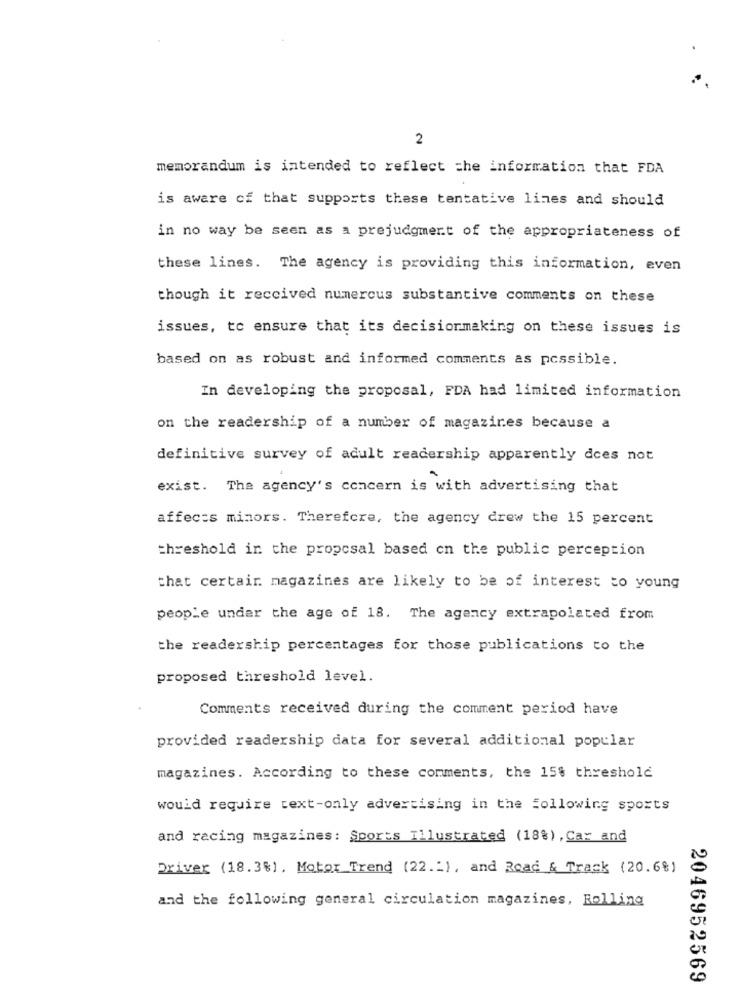
2
memorandum is intended to reflect the information that FDA
is aware of that supports these tentative lines and should
in no way be seen as a prejudgment of the appropriateness of
these lines. The agency is providing this information, even
though it received numerous substantive comments on these
issues, to ensure that its decisionmaking on these issues is
based on as robust and informed comments as possible.
In developing the proposal, FDA had limited information
on the readership of a number of magazines because a
definitive survey of adult readership apparently does not
exist. The agency's concern is with advertising that
affects minors. Therefore, the agency drew the 15 percent
threshold in the proposal based on the public perception
that certain magazines are likely to be of interest to young
people under the age of 18. The agency extrapolated from
the readership percentages for those publications to the
proposed threshold level.
Comments received during the comment period have
provided readership data for several additional popular
magazines. According to these comments, the 15% threshold
would require text-only advertising in the Following sports
and racing magazines: Sports Illustrated (18%) , Car and
Driver (18.3%), Motor Trend (22 .: ), and Road & Track (20.68)
and the following general circulation magazines, Rolling
2046952569